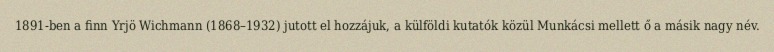
1891-ben a finn Yrjö Wichmann (1868–1932) jutott el hozzájuk, a külföldi kutatók közül Munkácsi mellett ő a másik nagy név.